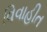
વિવાહીત